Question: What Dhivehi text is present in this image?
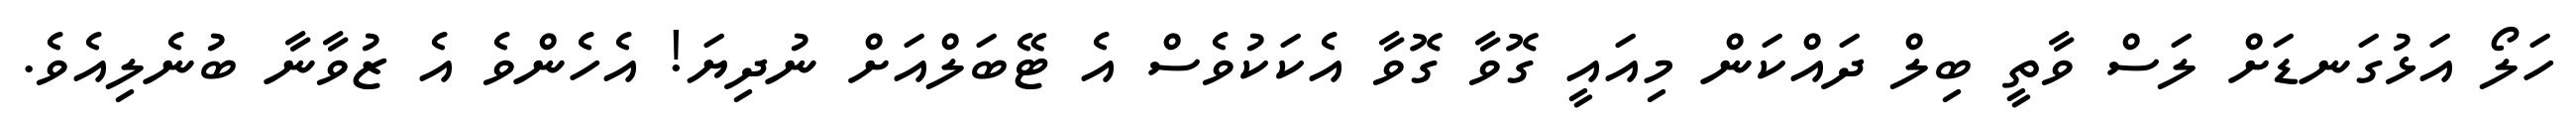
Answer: ހަލޯ އަޅުގަނޑަށް ލަސް ވާތީ ބިލް ދައްކަން މިއައީ ގޮވާ ގޮވާ އެކަކުވެސް އެ ޓޭބަލްއަށް ނުދިޔަ! އެހެންވެ އެ ޒުވާނާ ބުނެލިއެވެ.